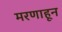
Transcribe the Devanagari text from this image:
मरणाहून